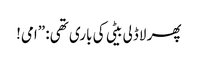
پھر لاڈلی بیٹی کی باری تھی: ”امی!